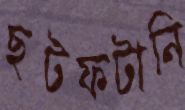
ছটফটানি